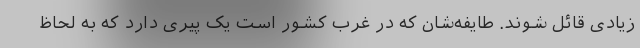
زیادی قائل شوند. طایفه‌شان که در غرب کشور است یک پیری دارد که به لحاظ